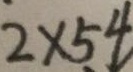
2 \times 5 4